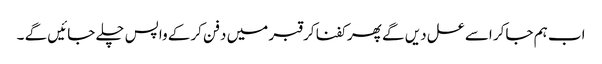
اب ہم جاکر اسے عسل دیں گے پھر کفنا کر قبر میں دفن کرکے واپس چلے جائیں گے ۔